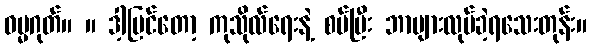
ဓမ္မဂုတ်။ ။ ဒါ့ပြင်တော့ ကုသိုလ်ရေးနဲ့ စပ်ပြီး ဘာများလုပ်ခဲ့ရသေးတုန်း။